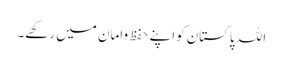
اللہ پاکستان کواپنے حفظ وامان میں رکھے۔